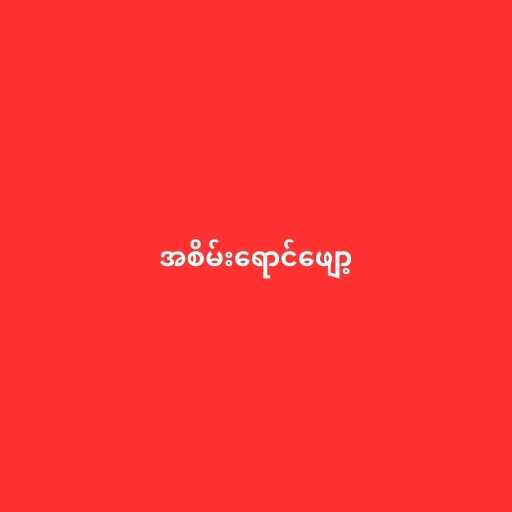
အစိမ်းရောင်ဖျော့